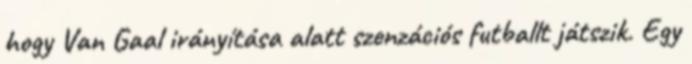
hogy Van Gaal irányítása alatt szenzációs futballt játszik. Egy